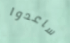
ساعدوا